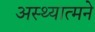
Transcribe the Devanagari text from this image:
अस्थ्यात्मने